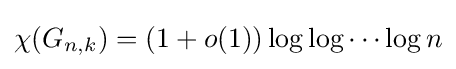
\chi (G_{n,k})=(1+o(1))\log \log \cdots \log n